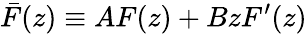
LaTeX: \bar{F}(z)\equiv AF(z)+BzF^{\prime}(z)